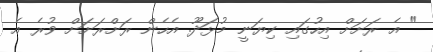
" އެ ރަށަށް އިހުގައި ކިޔަނީ މުޅަދޫ. އެހެން ރަށްރަށަށް ވުރެ އެ